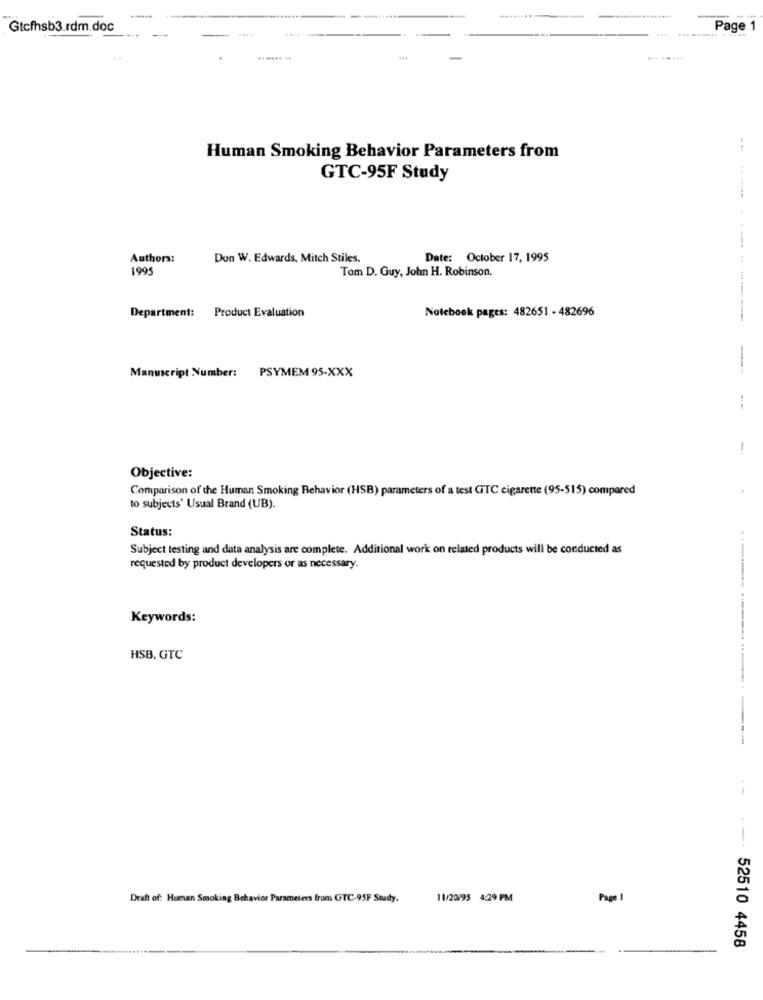
......
Gtcfhsb3.rdm.doc
Page
Human Smoking Behavior Parameters from
GTC-95F Study
Authors:
Don W. Edwards, Mitch Stiles.
Date: October 17, 1995
1995
Tom D. Guy, John H. Robinson.
Notebook pages: 482651 - 482696
Department:
Product Evaluation
-------- ----
Manuscript Number:
PSYMEM 95-XXX
Objective:
Comparison of the Human Smoking Behavior (HSB) parameters of a test GTC cigarette (95-515) compared
to subjects' Usual Brand (UB).
Status:
Subject testing and data analysis are complete. Additional work on related products will be conducted as
requested by product developers or as necessary.
Keywords:
HSB, GTC
Draft of: Human Smoking Behavior Parameters from GTC-95F Study.
11/20/95 4:29 PM
Page 1
52510 4458